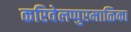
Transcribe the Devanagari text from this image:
करिवेलप्पुरमाळिका